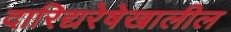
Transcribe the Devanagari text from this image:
दारिद्यरेषेखालील